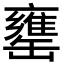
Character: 罋